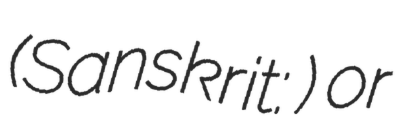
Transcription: (Sanskrit: धर्मस्कन्ध) or